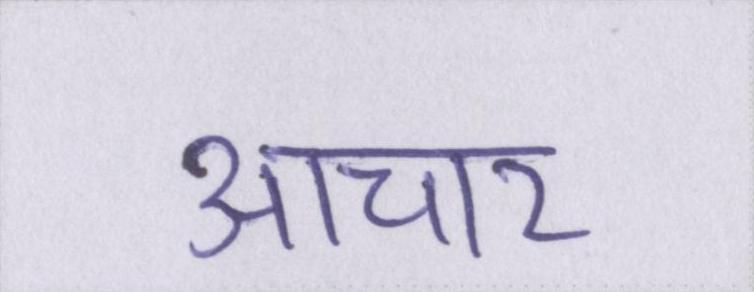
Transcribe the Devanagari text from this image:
आचार